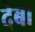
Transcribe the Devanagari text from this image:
देबा